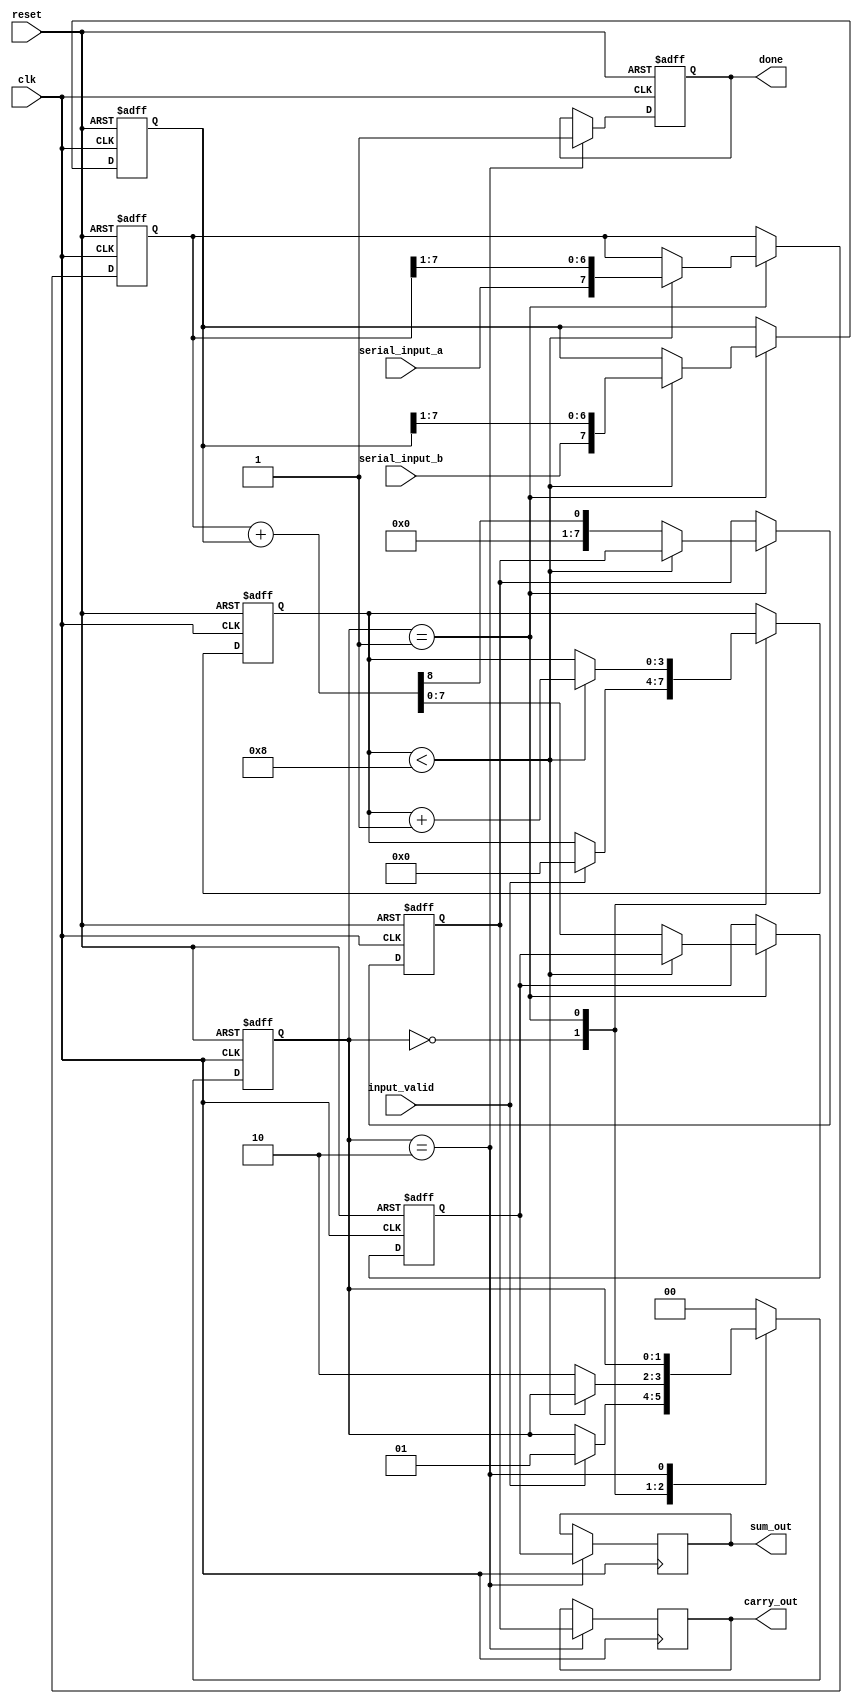
module carry_save_adder (
    input wire clk,                // Clock signal
    input wire reset,              // Reset signal
    input wire serial_input_a,     // Serial input for first number
    input wire serial_input_b,     // Serial input for second number
    input wire input_valid,         // Input valid signal to indicate valid data
    output reg [7:0] sum_out,      // Output sum
    output reg [7:0] carry_out,     // Output carry
    output reg done                // Done signal to indicate completion
);

    // Internal registers
    reg [7:0] input_a_reg;        // Register to hold first input number
    reg [7:0] input_b_reg;        // Register to hold second input number
    reg [3:0] bit_count;          // Bit counter for input reception
    reg [7:0] sum;                // Accumulated sum
    reg [7:0] carry;              // Accumulated carry
    reg [1:0] state;              // State for FSM

    // State encoding
    localparam IDLE = 2'b00;
    localparam RECEIVING = 2'b01;
    localparam DONE = 2'b10;

    // Sequential logic for receiving inputs
    always @(posedge clk or posedge reset) begin
        if (reset) begin
            input_a_reg <= 8'b0;
            input_b_reg <= 8'b0;
            sum <= 8'b0;
            carry <= 8'b0;
            bit_count <= 4'b0;
            state <= IDLE;
            done <= 1'b0;
        end else begin
            case (state)
                IDLE: begin
                    if (input_valid) begin
                        state <= RECEIVING;
                        bit_count <= 4'b0;
                    end
                end

                RECEIVING: begin
                    // Shift in bits serially
                    if (bit_count < 8) begin
                        input_a_reg <= {serial_input_a, input_a_reg[7:1]};
                        input_b_reg <= {serial_input_b, input_b_reg[7:1]};
                        bit_count <= bit_count + 1;
                    end else begin
                        // Calculate sum and carry once all bits are received
                        {carry, sum} <= input_a_reg + input_b_reg; // Simple addition for final stage
                        state <= DONE;
                    end
                end

                DONE: begin
                    done <= 1'b1; // Indicate processing is done
                end

                default: state <= IDLE;
            endcase
        end
    end

    // Output assignments
    always @(posedge clk) begin
        if (state == DONE) begin
            sum_out <= sum;
            carry_out <= carry;
        end
    end

endmodule